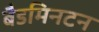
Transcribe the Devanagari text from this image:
बैडमिनटन